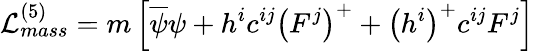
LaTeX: {\cal L}_{mass}^{(5)}=m\left[\overline{{{\psi}}}\psi+h^{i}c^{ij}\left(F^{j}\right)^{+}+\left(h^{i}\right)^{+}c^{ij}F^{j}\right]